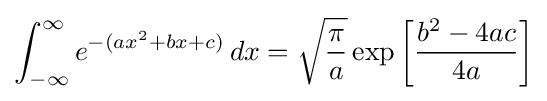
\int _{-\infty }^{\infty }e^{-(ax^{2}+bx+c)}\,dx={\sqrt {\frac {\pi }{a}}}\exp \left[{\frac {b^{2}-4ac}{4a}}\right]